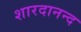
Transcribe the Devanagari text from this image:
शारदानन्द